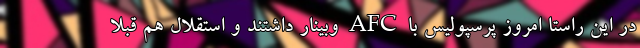
در این راستا امروز پرسپولیس با AFC وبینار داشتند و استقلال هم قبلا